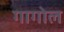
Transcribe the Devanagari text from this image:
गागोल